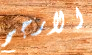
الارجح